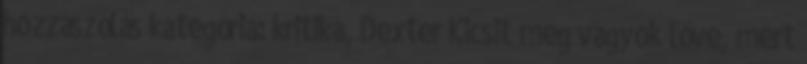
hozzászólás kategória: kritika, Dexter Kicsit meg vagyok lőve, mert